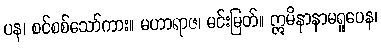
ပန၊ စင်စစ်သော်ကား။ မဟာရာဇ၊ မင်းမြတ်။ ဣမိနာနာမရူပေန၊